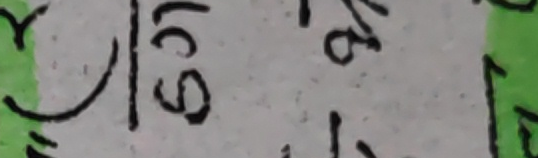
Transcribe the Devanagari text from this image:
। खि ९ गामठाय